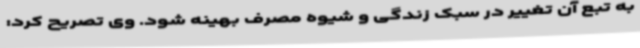
به تبع آن تغییر در سبک زندگی و شیوه مصرف بهینه شود. وی تصریح کرد: